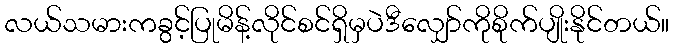
လယ်သမားကခွင့်ပြုမိန့်လိုင်စင်ရှိမှပဲဒီလျှော်ကိုစိုက်ပျိုးနိုင်တယ်။